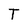
Character: T